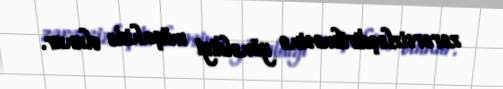
zərərsizləşdirilməsinə yönəldiyi müşahidə olunur.